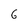
Character: 6